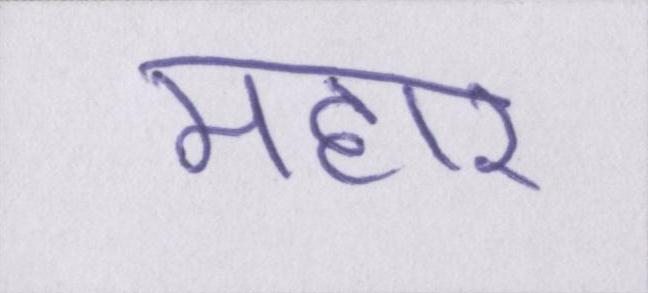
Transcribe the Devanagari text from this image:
महार